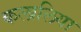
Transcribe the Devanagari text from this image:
कलालिया